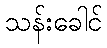
သန်းခေါင်